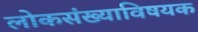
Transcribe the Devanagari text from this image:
लोकसंख्याविषयक